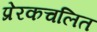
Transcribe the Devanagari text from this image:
प्रेरकचलित